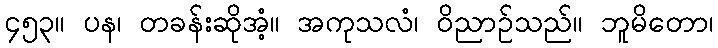
၄၅၃။ ပန၊ တခန်းဆိုအံ့။ အကုသလံ၊ ဝိညာဉ်သည်။ ဘူမိတော၊